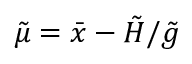
\tilde { \mu } = \bar { x } - \tilde { H } / \tilde { g }